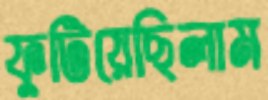
ফুটিয়েছিলাম